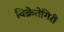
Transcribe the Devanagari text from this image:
विक्रेतेगिरी